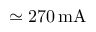
\mathrm { \simeq 2 7 0 \, m A }